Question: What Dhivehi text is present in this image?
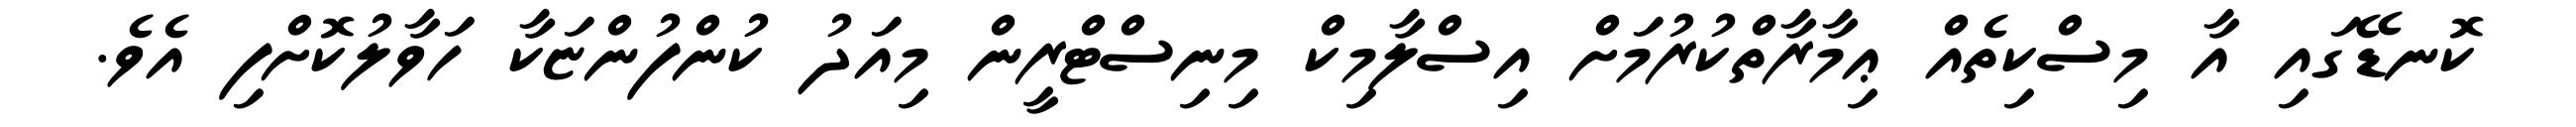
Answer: ކޮނޑޭގައި އާ މިސްކިތެއް ޢިމާރާތްކުރުމަށް އިސްލާމިކް މިނިސްޓްރީން މިއަދު ކުންފުންޏަކާ ހަވާލުކޮށްފި އެވެ.